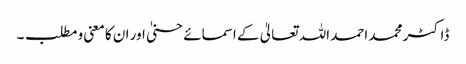
ڈاکٹر محمد احمد اللہ تعالیٰ کے اسمائے حسنیٰ اور ان کا معنی و مطلب ۔